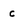
Character: c